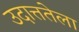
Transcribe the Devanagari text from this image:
उदात्ततेला